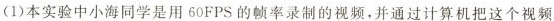
(1)本实验中小海同学是用60FPS的帧率录制的视频，并通过计算机把这个视频